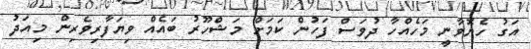
އަގު ހެޔޮވާނީ މަހެއްހާ ދުވަސް ފަހުން ކަމަށް މަޝްހޫރު ބައެއް ވިޔަފާރިވެރިން މިއަދު